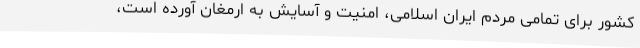
کشور برای تمامی مردم ایران اسلامی، امنیت و آسایش به ارمغان آورده است،